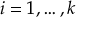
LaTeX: i = 1 , \ldots , k